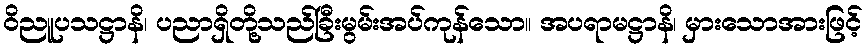
ဝိညူပသဋ္ဌာနိ၊ ပညာရှိတို့သည်ခြီးမွမ်းအပ်ကုန်သော။ အပရာမဋ္ဌာနိ၊ မှားသောအားဖြင့်